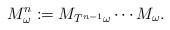
LaTeX: \begin{align*}M^n_\omega:=M_{T^{n-1}\omega}\cdots M_\omega.\end{align*}